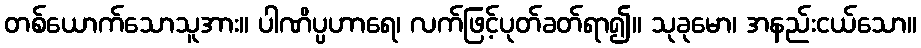
တစ်ယောက်သောသူအား။ ပါဏိပ္ပဟာရေ၊ လက်ဖြင့်ပုတ်ခတ်ရာ၍။ သုခုမော၊ အနည်းငယ်သော။